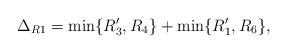
LaTeX: \begin{align*} \Delta_{R1} = \min\{R'_3, R_4\} + \min\{R'_1, R_6\}, \end{align*}